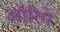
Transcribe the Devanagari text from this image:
ऑरिगे